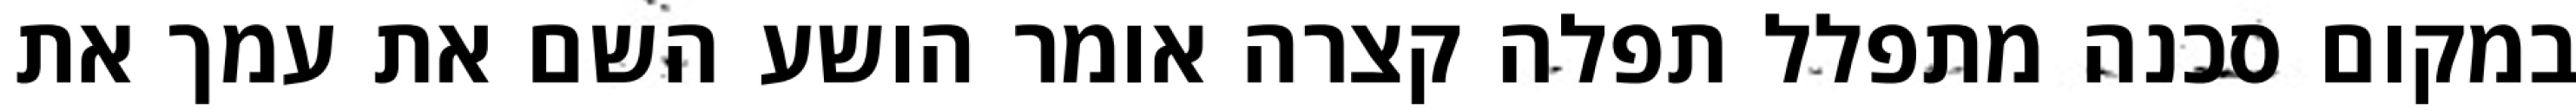
במקום סכנה מתפלל תפלה קצרה אומר הושע השם את עמך את